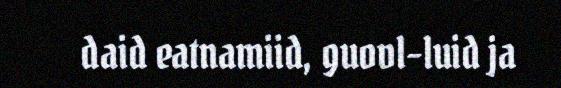
daid eatnamiid, guovl-luid ja